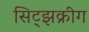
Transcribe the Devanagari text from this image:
सिट्झक्रीग